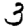
Digit: 3